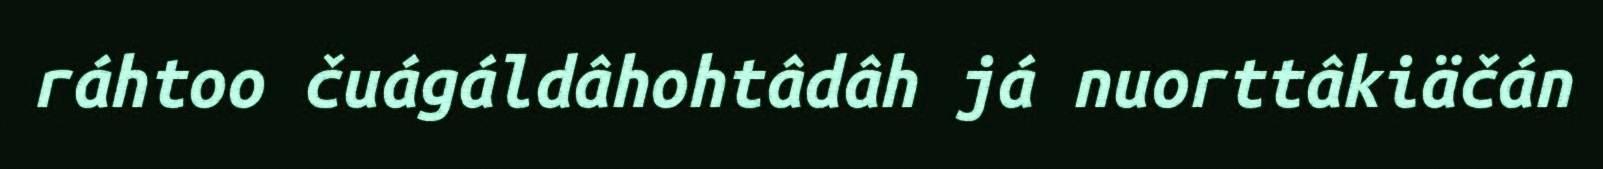
ráhtoo čuágáldâhohtâdâh já nuorttâkiäčán